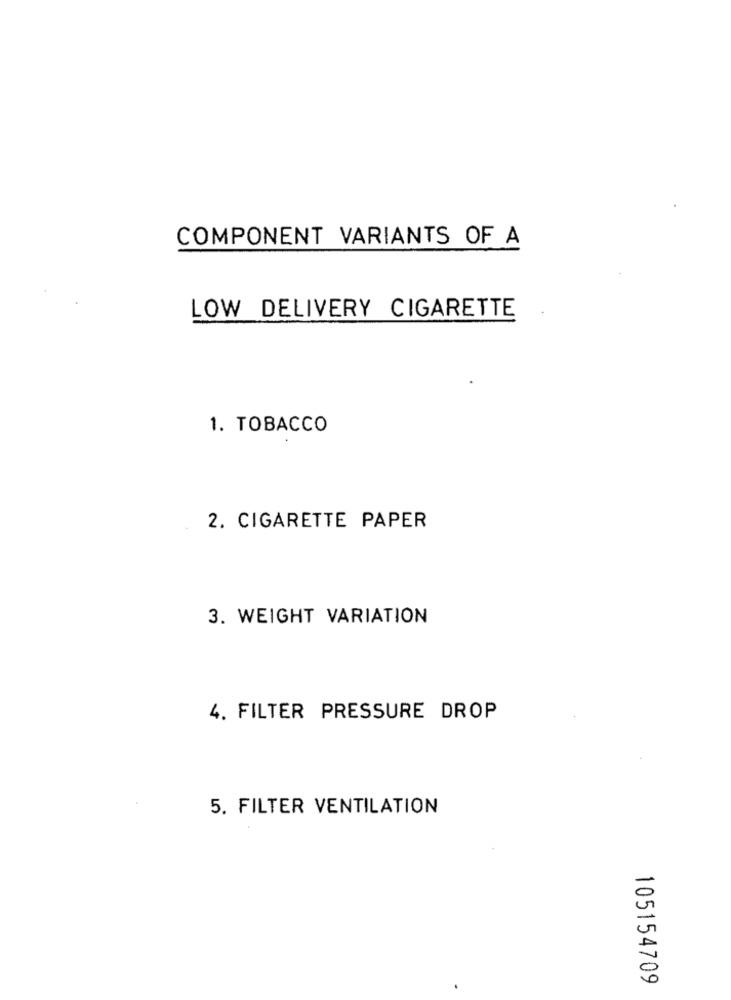
COMPONENT VARIANTS OF A
LOW DELIVERY CIGARETTE
1. TOBACCO
2. CIGARETTE PAPER
3. WEIGHT VARIATION
4. FILTER PRESSURE DROP
5. FILTER VENTILATION
105154709